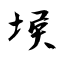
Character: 堠